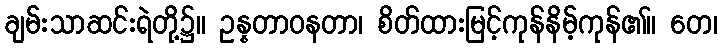
ချမ်းသာဆင်းရဲတို့၌။ ဥန္နတာဝနတာ၊ စိတ်ထားမြင့်ကုန်နိမ့်ကုန်၏။ တေ၊